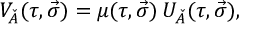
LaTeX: V _ { \check { A } } ( \tau , \vec { \sigma } ) = \mu ( \tau , \vec { \sigma } ) \, U _ { \check { A } } ( \tau , \vec { \sigma } ) ,